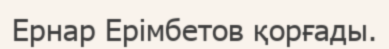
Ернар Ерімбетов қорғады.